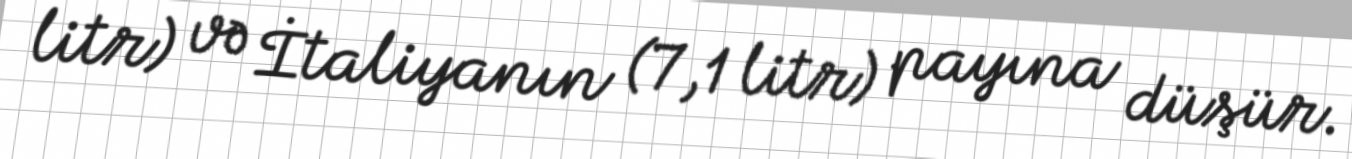
litr) və İtaliyanın (7,1 litr) payına düşür.